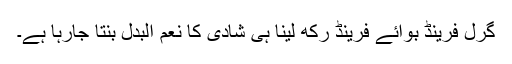
گرل فرینڈ بوائے فرینڈ رکھ لینا ہی شادی کا نعم البدل بنتا جارہا ہے۔